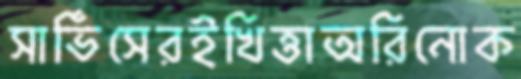
সার্ভিসেরইখিত্তাঅরিনোক